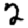
Digit: 2